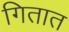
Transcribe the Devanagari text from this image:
गितात